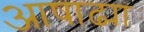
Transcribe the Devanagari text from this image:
आषाढ्या